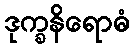
ဒုက္ခနိရောဓံ